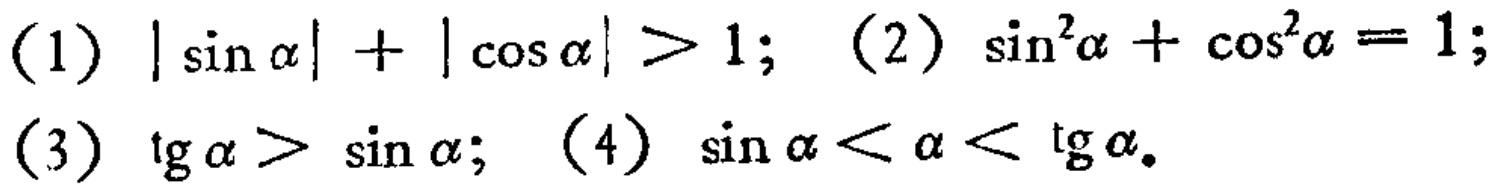
(1) \(|\sin\alpha| + |\cos\alpha| > 1\); (2) \(\sin^{2}\alpha+\cos^{2}\alpha = 1\);
(3) \(\tg\alpha>\sin\alpha\); (4) \(\sin\alpha<\alpha<\tg\alpha\).